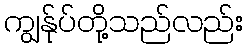
ကျွန်ုပ်တို့သည်လည်း